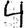
Digit: 4